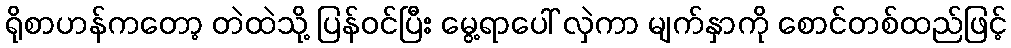
ရိုစာဟန်ကတော့ တဲထဲသို့ ပြန်ဝင်ပြီး မွေ့ရာပေါ် လှဲကာ မျက်နှာကို စောင်တစ်ထည်ဖြင့်